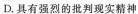
D.具有强烈的批判现实精神